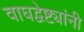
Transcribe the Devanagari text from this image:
वाघद्वेष्ट्यांनी